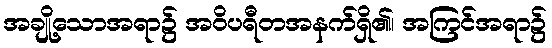
အချို့သောအရာ၌ အဝိပရီတအနက်ရှိ၏၊ အကြင်အရာ၌